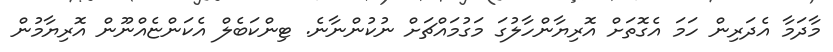
މާދަމާ އެދަރިން ހަމަ އެގޮތަށް އޮރިޔާންހާލުގަ މަގުމައްޗަށް ނުކުންނާނެ. ޓިންކަބެލް އެކަންޏެއްނޫން އޮރިޔާމުން